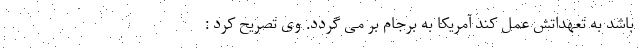
باشد به تعهداتش عمل کند آمریکا به برجام بر می گردد. وی تصریح کرد :